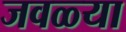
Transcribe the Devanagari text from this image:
जवळ्या